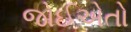
જોઈએતો